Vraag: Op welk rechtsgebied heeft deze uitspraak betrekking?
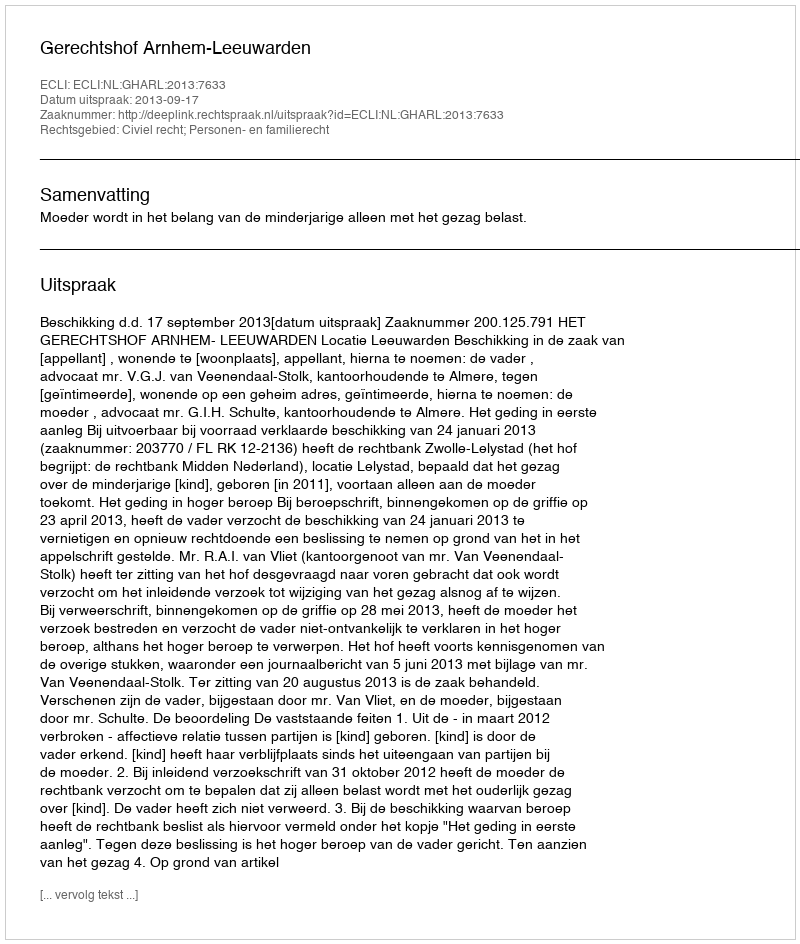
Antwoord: Civiel recht; Personen- en familierecht